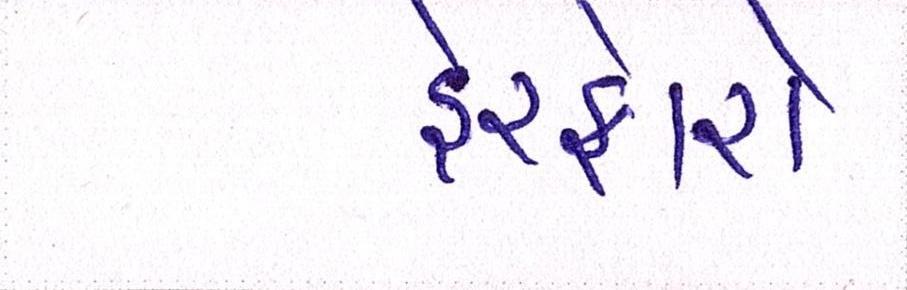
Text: ફેરફારો